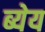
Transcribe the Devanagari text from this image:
ब्येय